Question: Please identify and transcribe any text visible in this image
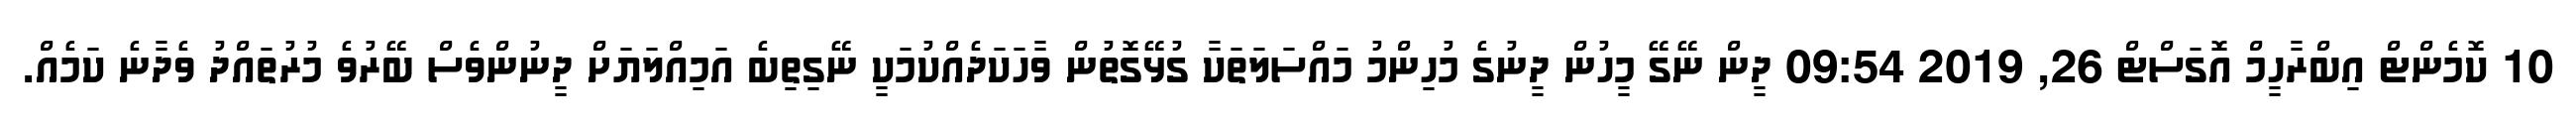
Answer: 10 ކޮމެންޓް އިބްރާހީމް އޮގަސްޓް 26, 2019 09:54 ދީން ނޭގޭ މީހުން ދީނުގެ މުހިންމު މައްސަލަތަކާ ގުޅޭގޮތުން ވާހަކަދެއްކުމަކީ ނޭގިތިބެ އަމިއްލަޔަށް ދީނުންވެސް ބޭރުވެ މުރުތައްދު ވެދާނެ ކަމެއް.